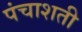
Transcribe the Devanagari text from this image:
पंचाशती